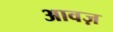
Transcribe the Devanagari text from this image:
आवज़